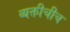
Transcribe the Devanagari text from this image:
व्यक्तीचीच